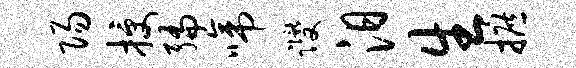
阳授编啼躞汨生摭